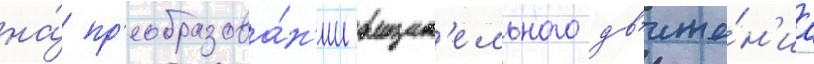
на́ пр'еобразова́н'ии вращат'ельного дв'иже́н'иа